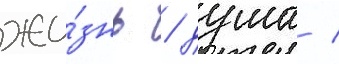
жи́знь / душа /